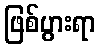
ဖြစ်ပွားရာ